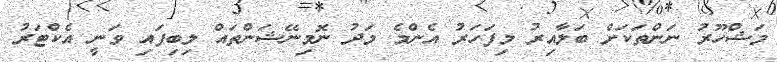
މަޝްހޫރު ނަންތަކަށް ބަލާއިރު މިފަހަރު އެންމެ މަދު ނޮމިނޭޝަންތައް ލިބިފައި ވަނީ އެކްޓަރު